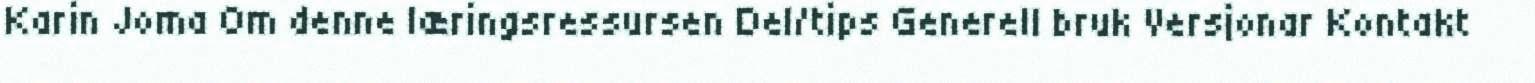
Karin Joma Om denne læringsressursen Del/tips Generell bruk Versjonar Kontakt